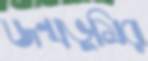
জন্মভূমির